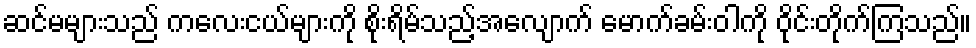
ဆင်မများသည် ကလေးငယ်များကို စိုးရိမ်သည့်အလျောက် မောက်ခမ်းဝါကို ဝိုင်းတိုက်ကြသည်။